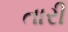
તારી